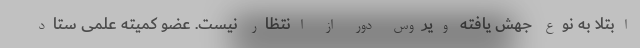
ابتلا به نوع جهش یافته ویروس دور از انتظار نیست. عضو کمیته علمی ستاد